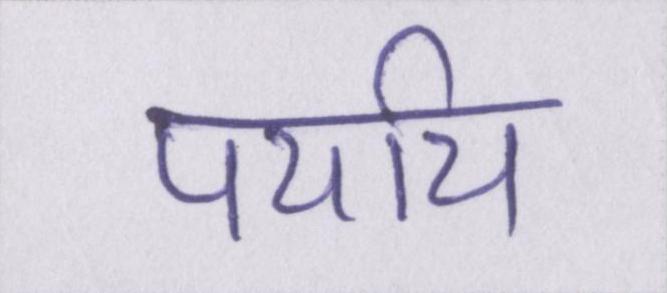
पर्याय